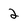
Character: 2